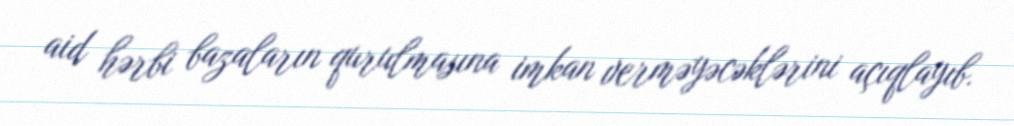
aid hərbi bazaların qurulmasına imkan verməyəcəklərini açıqlayıb.